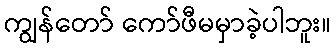
ကျွန်တော် ကော်ဖီမမှာခဲ့ပါဘူး။